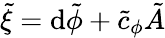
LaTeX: \tilde{\xi}=\mathrm{d}\tilde{\phi}+\tilde{c}_{\phi}\tilde{A}